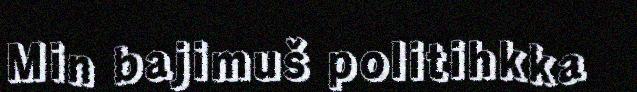
Min bajimuš politihkka